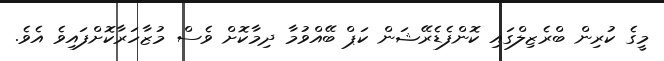
މީގެ ކުރިން ބްރެޒިލްގައި ކޮންފެޑެރޭޝަން ކަޕް ބޭއްވުމާ ދިމާކޮށް ވެސް މުޒާހަރާކޮށްފައިވެ އެވެ.